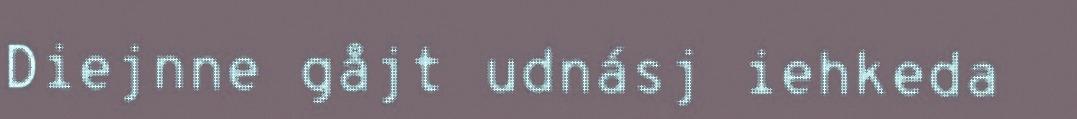
Diejnne gåjt udnásj iehkeda